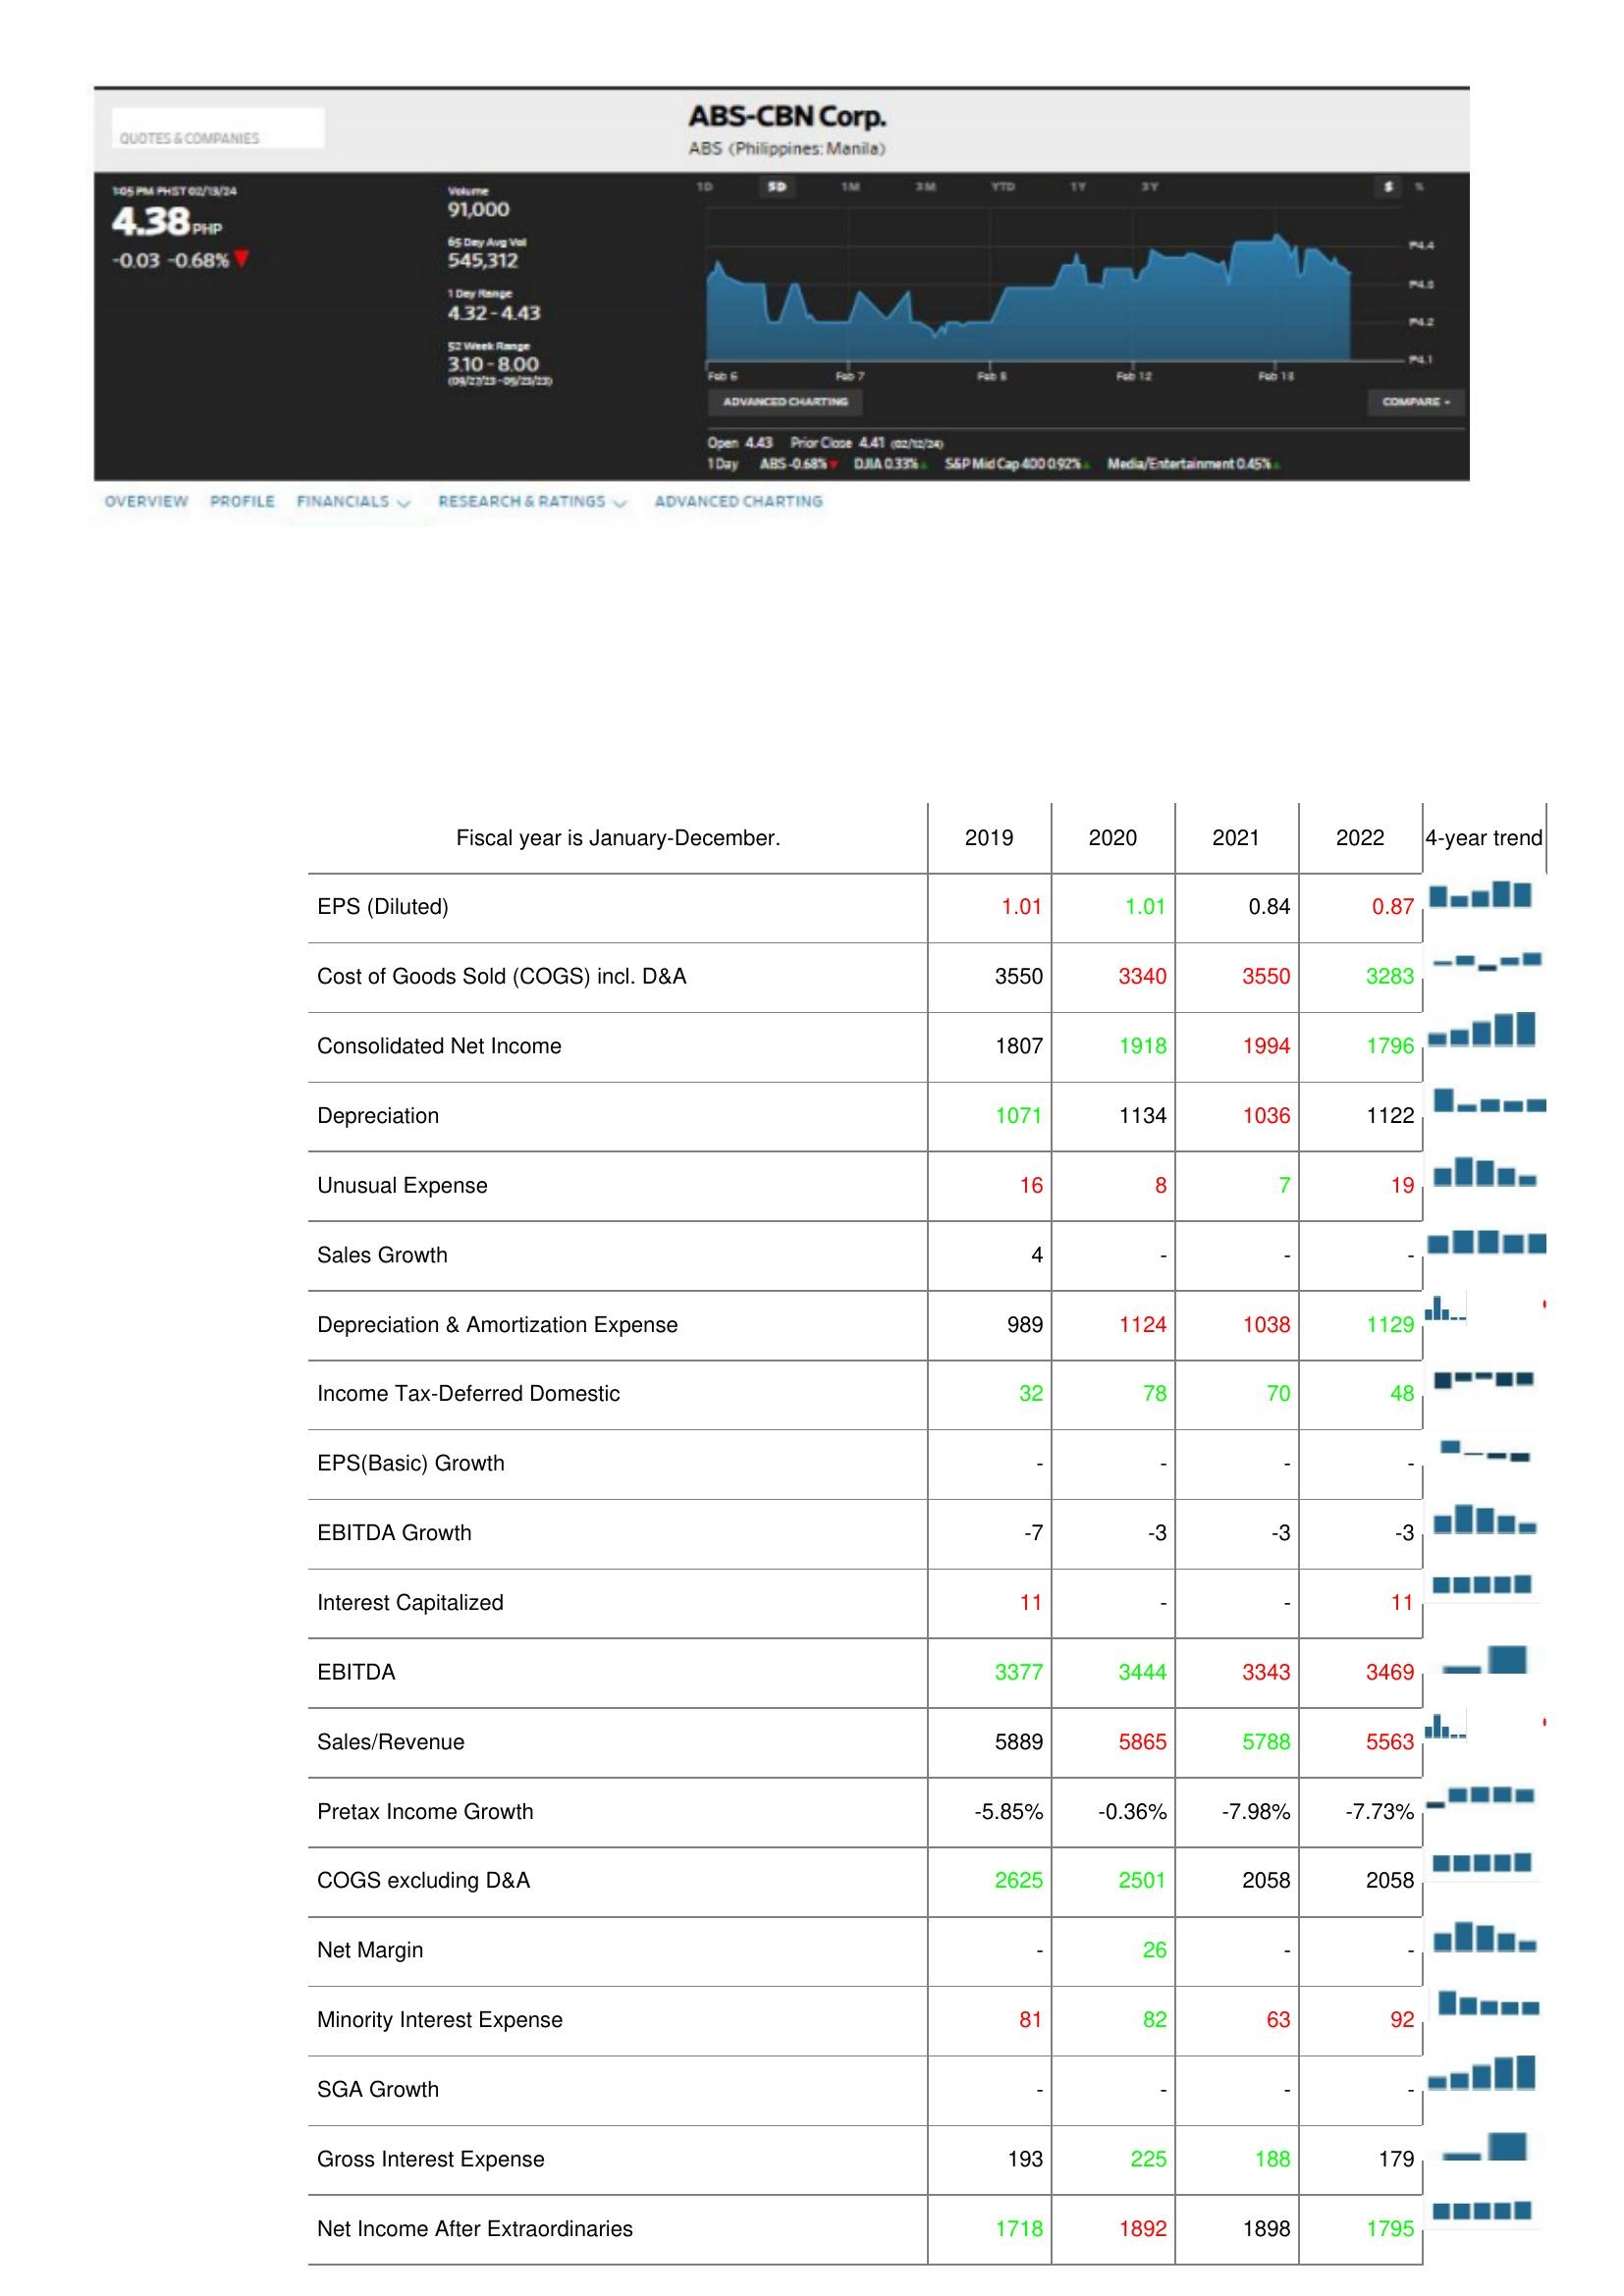
2019: : EPS (Diluted): 1.01
Cost of Goods Sold (COGS) incl. D&A: 3550
Consolidated Net Income: 1807
Depreciation: 1071
Unusual Expense: 16
Sales Growth: 4
Depreciation & Amortization Expense: 989
Income Tax-Deferred Domestic: 32
EPS(Basic) Growth: -
EBITDA Growth: -7
Interest Capitalized: 11
EBITDA: 3377
Sales/Revenue: 5889
Pretax Income Growth: -5.85%
COGS excluding D&A: 2625
Net Margin: -
Minority Interest Expense: 81
SGA Growth: -
Gross Interest Expense: 193
Net Income After Extraordinaries: 1718
2020: : EPS (Diluted): 1.01
Cost of Goods Sold (COGS) incl. D&A: 3340
Consolidated Net Income: 1918
Depreciation: 1134
Unusual Expense: 8
Sales Growth: -
Depreciation & Amortization Expense: 1124
Income Tax-Deferred Domestic: 78
EPS(Basic) Growth: -
EBITDA Growth: -3
Interest Capitalized: -
EBITDA: 3444
Sales/Revenue: 5865
Pretax Income Growth: -0.36%
COGS excluding D&A: 2501
Net Margin: 26
Minority Interest Expense: 82
SGA Growth: -
Gross Interest Expense: 225
Net Income After Extraordinaries: 1892
2021: : EPS (Diluted): 0.84
Cost of Goods Sold (COGS) incl. D&A: 3550
Consolidated Net Income: 1994
Depreciation: 1036
Unusual Expense: 7
Sales Growth: -
Depreciation & Amortization Expense: 1038
Income Tax-Deferred Domestic: 70
EPS(Basic) Growth: -
EBITDA Growth: -3
Interest Capitalized: -
EBITDA: 3343
Sales/Revenue: 5788
Pretax Income Growth: -7.98%
COGS excluding D&A: 2058
Net Margin: -
Minority Interest Expense: 63
SGA Growth: -
Gross Interest Expense: 188
Net Income After Extraordinaries: 1898
2022: : EPS (Diluted): 0.87
Cost of Goods Sold (COGS) incl. D&A: 3283
Consolidated Net Income: 1796
Depreciation: 1122
Unusual Expense: 19
Sales Growth: -
Depreciation & Amortization Expense: 1129
Income Tax-Deferred Domestic: 48
EPS(Basic) Growth: -
EBITDA Growth: -3
Interest Capitalized: 11
EBITDA: 3469
Sales/Revenue: 5563
Pretax Income Growth: -7.73%
COGS excluding D&A: 2058
Net Margin: -
Minority Interest Expense: 92
SGA Growth: -
Gross Interest Expense: 179
Net Income After Extraordinaries: 1795